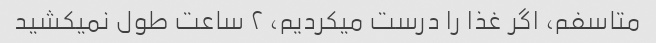
متاسفم، اگر غذا را درست میکردیم، ۲ ساعت طول نمیکشید